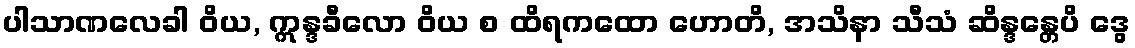
ပါသာဏလေခါ ဝိယ, ဣန္ဒခီလော ဝိယ စ ထိရကထော ဟောတိ, အသိနာ သီသံ ဆိန္ဒန္တေပိ ဒွေ